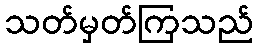
သတ်မှတ်ကြသည်